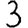
Digit: 3